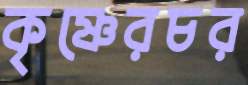
কৃষ্ণেরচর